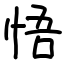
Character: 悟